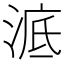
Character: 𣷳